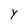
Character: Y